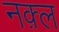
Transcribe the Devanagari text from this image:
नक़्ल